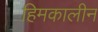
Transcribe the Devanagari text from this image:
हिमकालीन